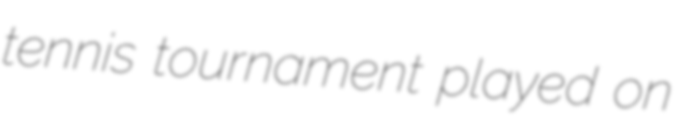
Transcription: tennis tournament played on